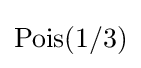
\mathrm {Pois} (1/3)